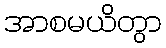
အာစမယိတွာ